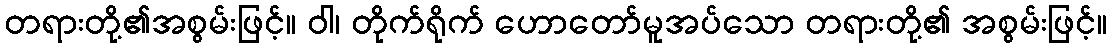
တရားတို့၏အစွမ်းဖြင့်။ ဝါ၊ တိုက်ရိုက် ဟောတော်မူအပ်သော တရားတို့၏ အစွမ်းဖြင့်။